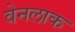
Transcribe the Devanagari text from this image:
वेनलाक